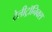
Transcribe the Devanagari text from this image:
टेलीट्रॉनिक्स